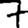
Digit: 7